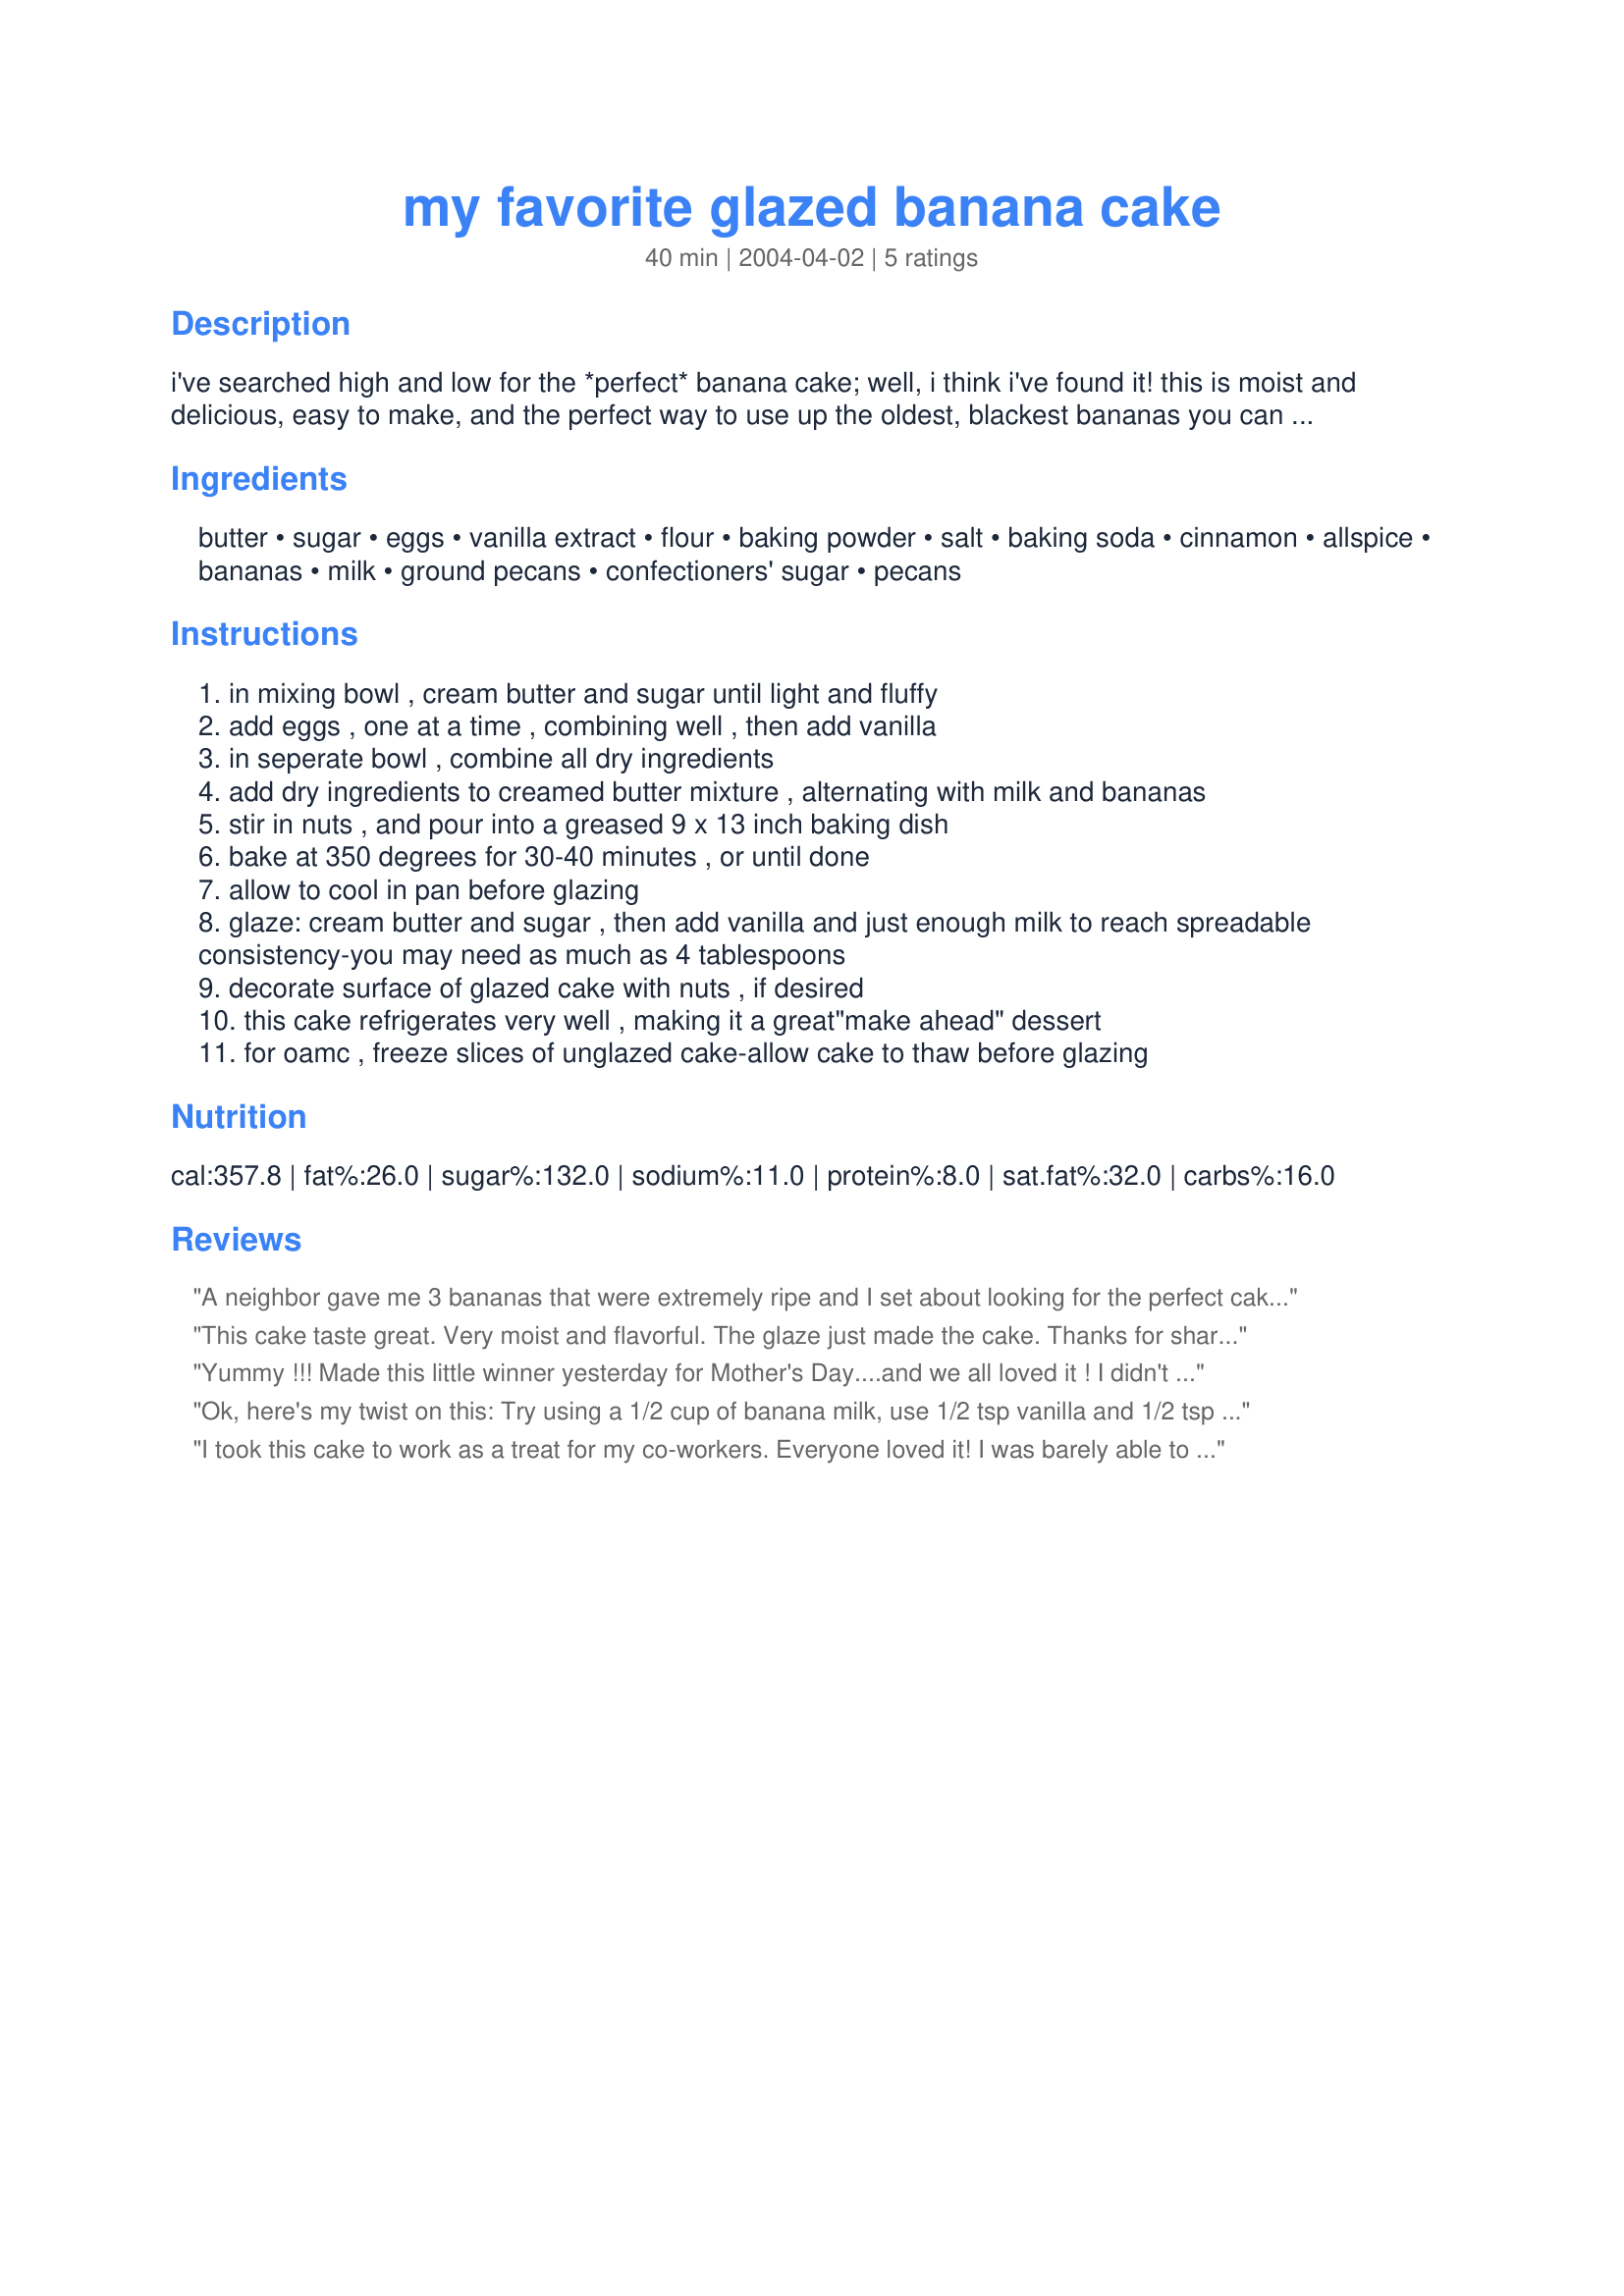
my favorite glazed banana cake
Preparation time: 40 minutes

i've searched high and low for the *perfect* banana cake; well, i think i've found it! this is moist and delicious, easy to make, and the perfect way to use up the oldest, blackest bananas you can find. the glaze topping is a nice change from the typical cream cheese icing, because it's not overpowering--it really allows the full flavor of the banana cake to shine through. use your choice of ground walnuts or ground pecans in this cake--i've tried both, and either one works fine. i hope you enjoy this recipe as much as i do !! i think it's just fantastic!! (chris says it reminds him of entemann's banana cake, only better! how's that for a compliment!) number of servings depends on how big you make your slices.

Ingredients:
butter, sugar, eggs, vanilla extract, flour, baking powder, salt, baking soda, cinnamon, allspice, bananas, milk, ground pecans, confectioners' sugar, pecans

Steps:
in mixing bowl , cream butter and sugar until light and fluffy
add eggs , one at a time , combining well , then add vanilla
in seperate bowl , combine all dry ingredients
add dry ingredients to creamed butter mixture , alternating with milk and bananas
stir in nuts , and pour into a greased 9 x 13 inch baking dish
bake at 350 degrees for 30-40 minutes , or until done
allow to cool in pan before glazing
glaze: cream butter and sugar , then add vanilla and just enough milk to reach spreadable consistency-you may need as much as 4 tablespoons
decorate surface of glazed cake with nuts , if desired
this cake refrigerates very well , making it a great"make ahead" dessert
for oamc , freeze slices of unglazed cake-allow cake to thaw before glazing

Reviews:
A neighbor gave me 3 bananas that were extremely ripe and I set about looking for the perfect cake to build around them. This cake was so moist and delicious! My hubby, who isn't fond of "flavored" cakes except chocolate was very happy with it. Neighbors agreed. One neighbor kept apologizing as he helped himself to not one, but three helpings! Thanks for sharing!
This cake taste great. Very moist and flavorful. The glaze just made the cake. Thanks for sharing this recipe.
Yummy !!! Made this little winner yesterday for Mother's Day....and we all loved it ! I didn't do the glaze...but did a cream cheese frosting. I made this in 2 round tins and then frosted. Outstanding flavour! I used the walnuts but think that next time I will just have the bananas...and cream cheese frosting! What a winner! Thanks so much for posting !
Ok, here's my twist on this:
Try using a 1/2 cup of banana milk, use 1/2 tsp vanilla and 1/2 tsp banana extract!!!! Also used 1/2 cup light brown sugar and 1 cup white for added flavour!

Now THAT's banana cake!!!!!
I took this cake to work as a treat for my co-workers. Everyone loved it! I was barely able to save the last piece to bring home for my DH! I followed the recipe exactly, using toasted ground pecans. My bananas were pretty ripe, but not black. The cake was very moist and flavorful. For the topping, I used less milk, and made an icing instead of a glaze. I also added about 1/8 teaspoon of cinnamon to the icing. This is a wonderful way to use ripe bananas...I will be making this again!
